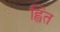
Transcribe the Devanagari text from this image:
ह्वित